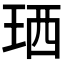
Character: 𤥒